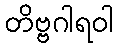
တိဗ္ဗဂါရဝါ